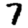
Digit: 7